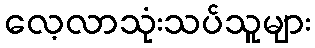
လေ့လာသုံးသပ်သူများ